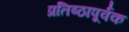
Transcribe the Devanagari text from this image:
प्रतिष्ठापूर्वक